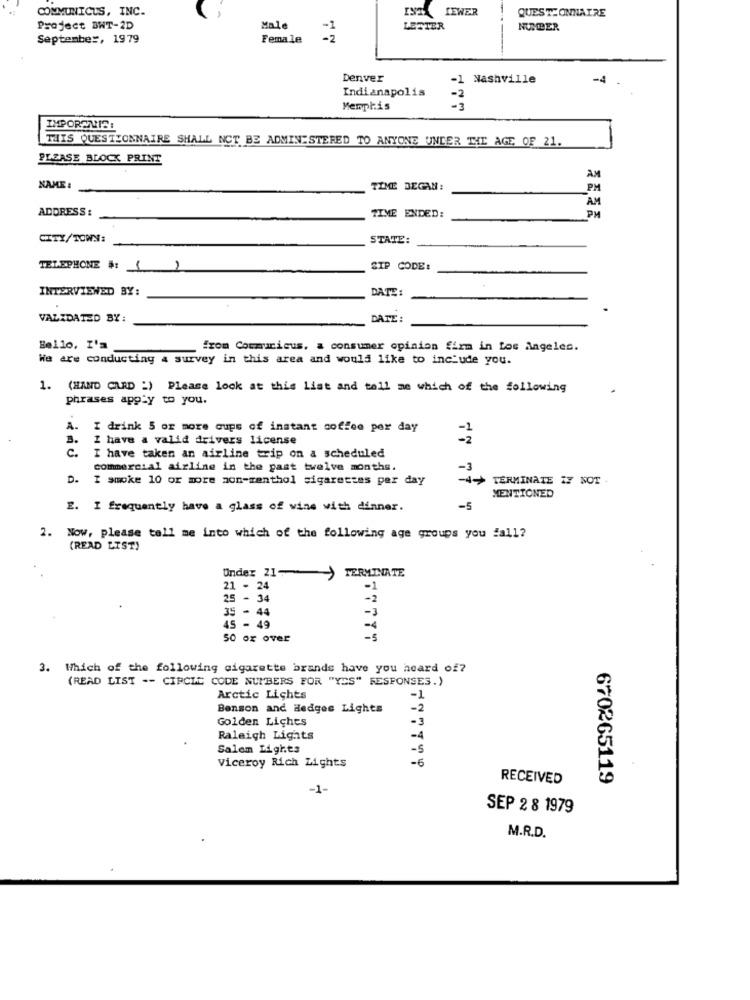
COMMUNICUS, INC.
ISTA LEWER
QUESTIONNAIRE
. ,
Project BWT-2D
Male
LESTER
NUMBER
September, 1979
Female
Denver
-1
Nashville
-4
Indianapolis
-2
Memphis
-3
IMPORANIS:
THIS QUESTIONNAIRE SHALL NOT BE ADMINISTERED TO ANYONE UNDER THE AGE OF 21.
PLEASE BLOCK PRINT
AM
NAME :
TIME DEGAN:
PM
AM
ADDRESS :
PM
TIME ENDED:
CITY/TOWN:
STATE:
TELEPHONE : 12
SIP CODE:
INTERVIEWED BY:
DATE :
VALIDATED BY:
DATE :
Bello, I'm
from Communicus, a consumer opinion firm in Los Angeles.
We are conducting 4 survey in this area and would like to include you.
1. (HAND CARD :) Please look at this list and tell me which of the following
phrases apply to you.
.
A.
I drink 5 or more cups of instant coffee per day
3.
I have a valid drivers license
c.
I have taken an airline trip on a scheduled
commercial airline in the past twelve months.
D. I smoke 10 or more non-menthol sigarestes per day
TERMINATE IF NOT -
77
MENTIONED
E. I frequently have a glass of wine with dinner.
-5
2. Now, please tell me into which of the following age groups you fall?
(READ LIST)
TERMINATE
Under 21 )
21 - 24
-1
25 - 34
35 - 44
-3
45 - 49
50 or over
3. Which of the following cigarette brands have you heard of?
(READ LIST -- CIRCLE CODE NUMBERS FOR "YES" RESPONSES.)
Arctic Lichts
-1
Benson and Hedges Lights
-2
Golden Liches
-3
Raleigh Lights
-4
Salem Lights
-5
Viceroy Rich Lights
-6
RECEIVED
670265119
-1-
SEP 2 8 1979
M.R.D.